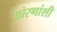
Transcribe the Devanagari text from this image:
धोरणांशी